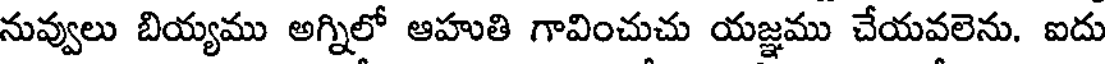
నువ్వులు బియ్యము అగ్నిలో ఆహుతి గావించుచు యజ్ఞము చేయవలెను. ఐదు